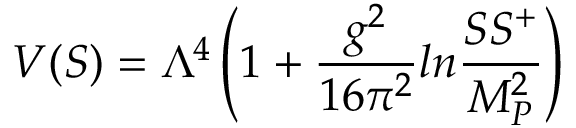
V ( S ) = \Lambda ^ { 4 } \left( 1 + { \frac { g ^ { 2 } } { 1 6 \pi ^ { 2 } } } l n { \frac { S S ^ { + } } { M _ { P } ^ { 2 } } } \right)